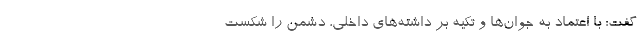
گفت: با اعتماد به جوان‌ها و تکیه بر داشته‌های داخلی، دشمن را شکست